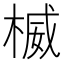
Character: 楲